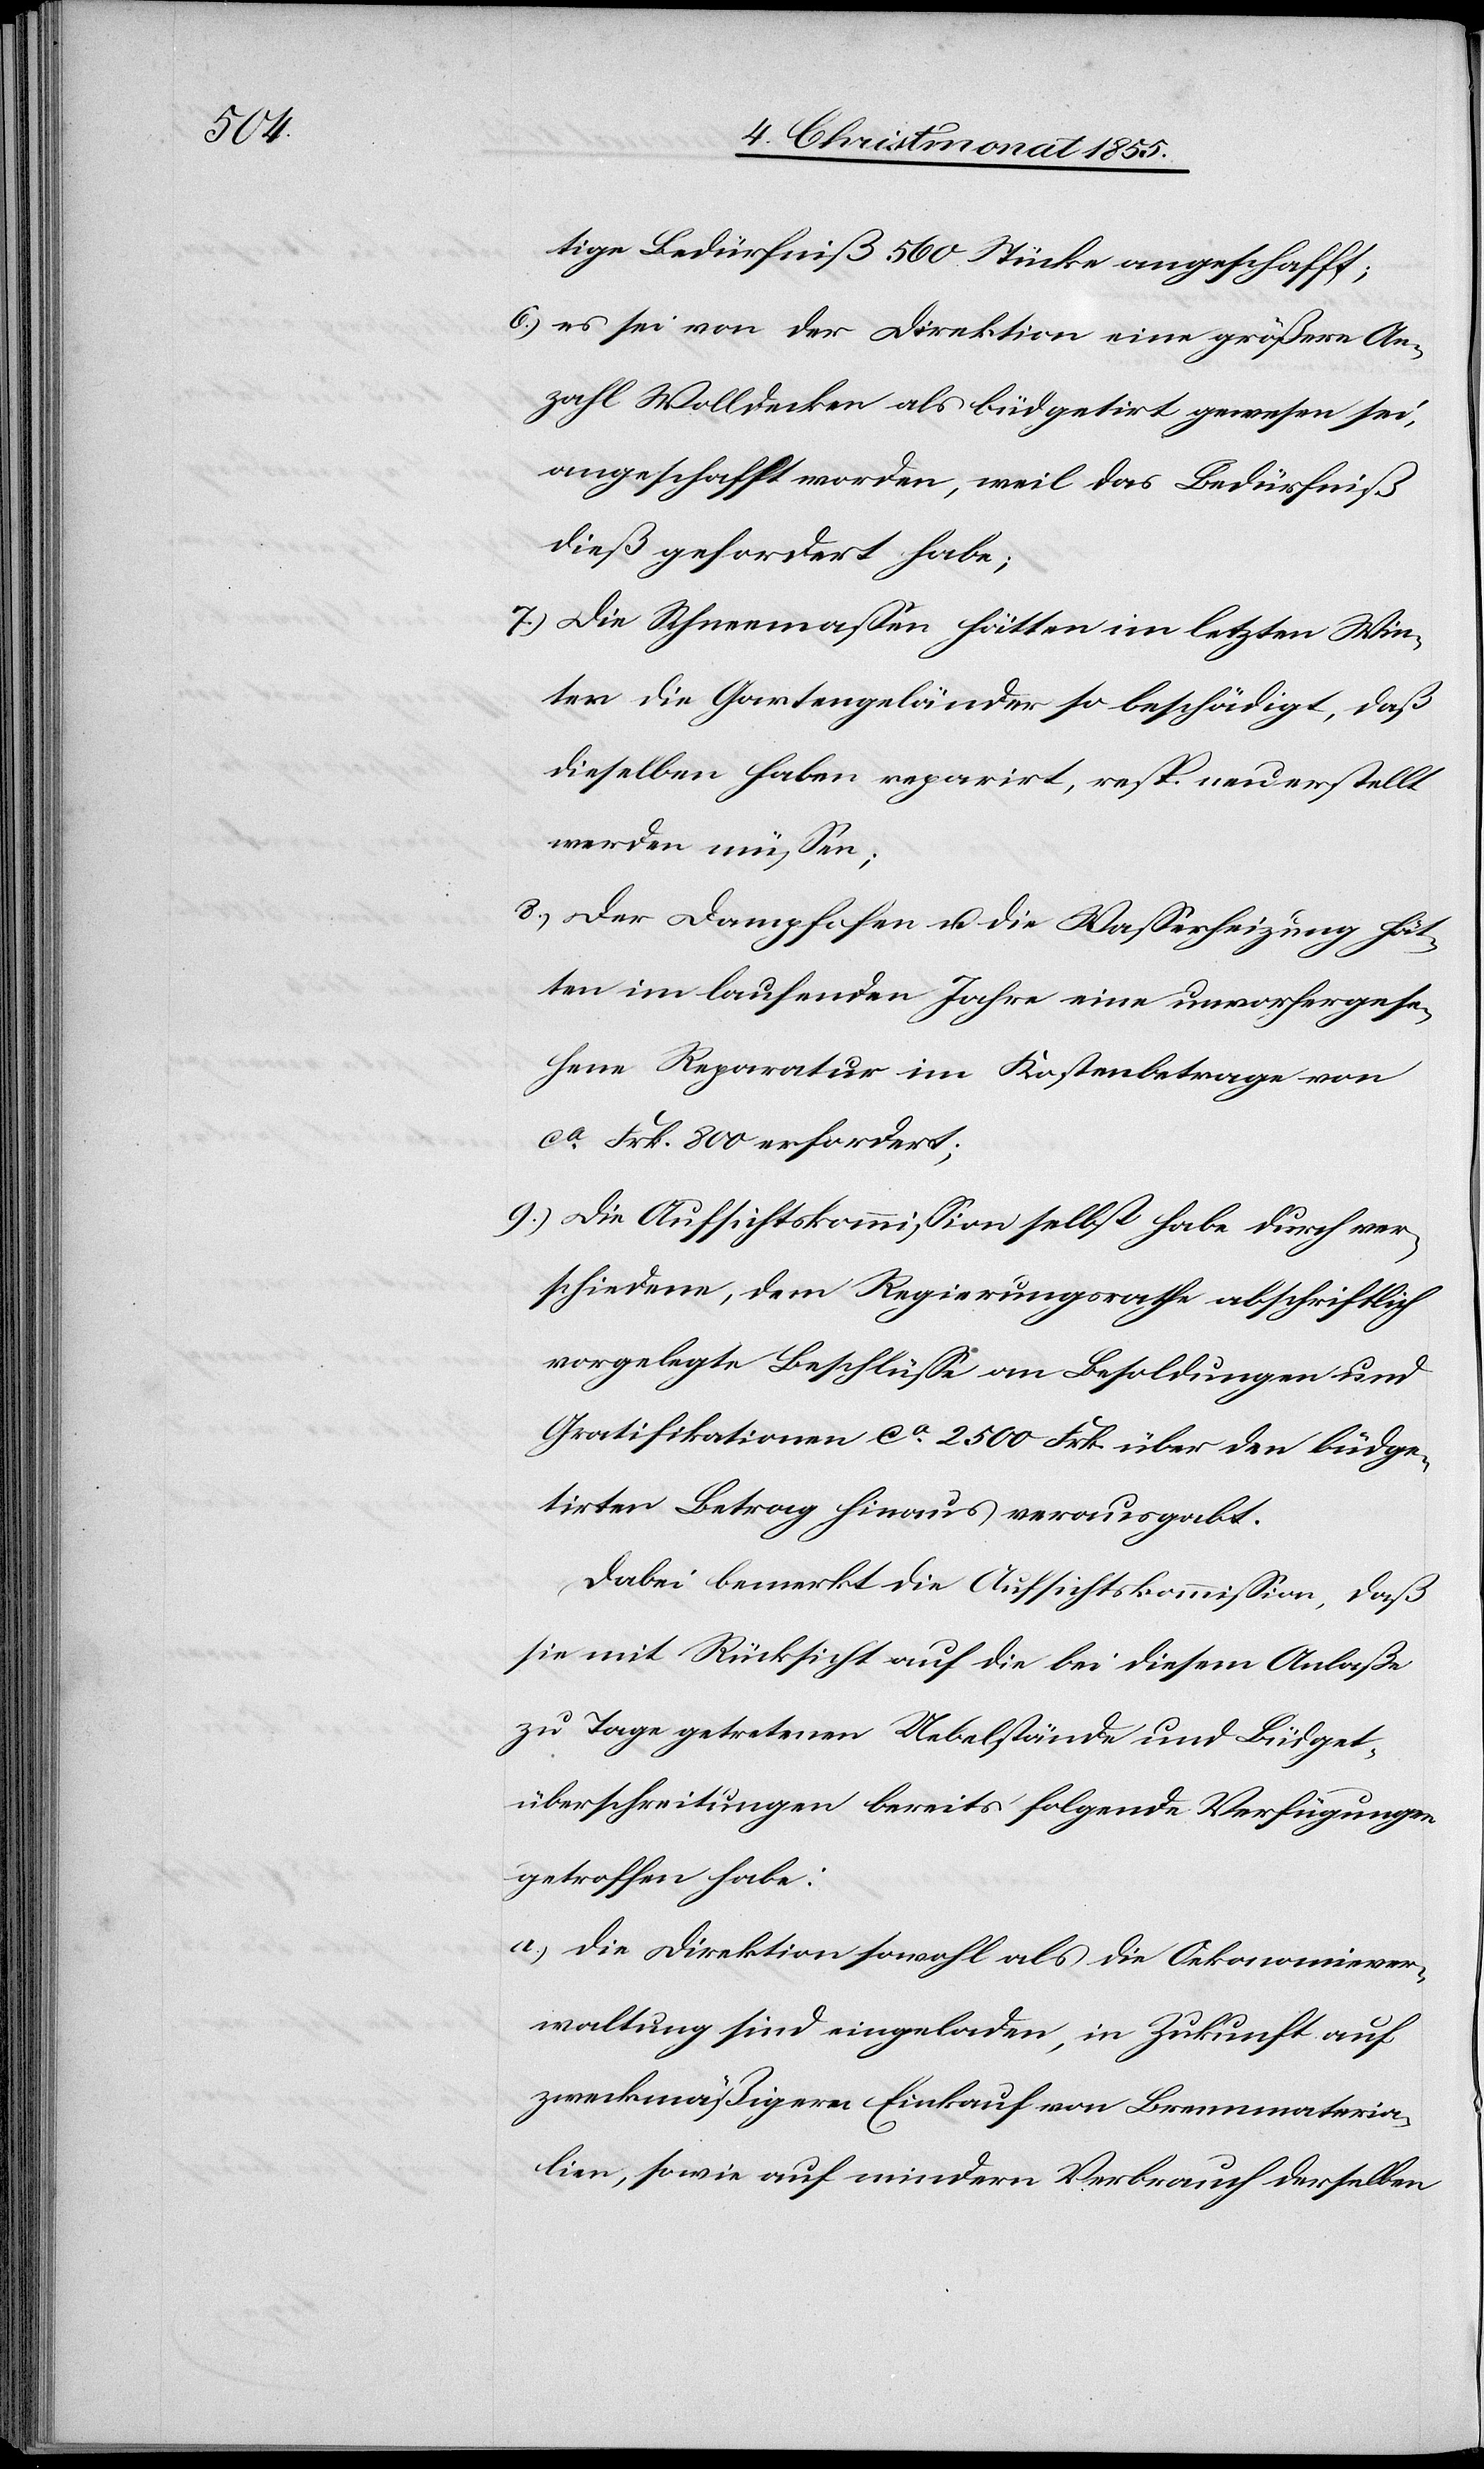
tige Bedürfniß 560 Stücke angeschafft;
es sei von der Direktion eine größere An¬
zahl Wolldecken als büdgetirt gewesen sei,
angeschafft worden, weil das Bedürfniß
dieß gefordert habe;
Die Schneemassen hätten im letzten Win¬
ter die Gartengeländer so beschädigt, daß
dieselben haben reparirt, resp. neu erstellt
werden müssen;
Der Dampfofen u. die Wasserheizung hät¬
ten im laufenden Jahre eine unvorhergese¬
hene Reparatur im Kostenbetrage von
ca Frk. 800 erfordert;
Die Aufsichtskommission selbst habe durch ver¬
schiedene, dem Regierungsrathe abschriftlich
vorgelegte Beschlüsse an Besoldungen und
Gratifikationen ca 2500 Frk. über den büdge¬
tirten Betrag hinaus verausgabt.
Dabei bemerkt die Aufsichtskommission, daß
sie mit Rücksicht auf die bei diesem Anlaße
zu Tage getretenen Uebelstände und Büdget¬
überschreitungen bereits folgende Verfügungen
getroffen habe:
die Direktion sowohl als die Oekonomiever¬
waltung sind eingeladen, in Zukunft auf
zweckmäßigern Einkauf von Brennmateria¬
lien, sowie auf mindern Verbrauch derselben